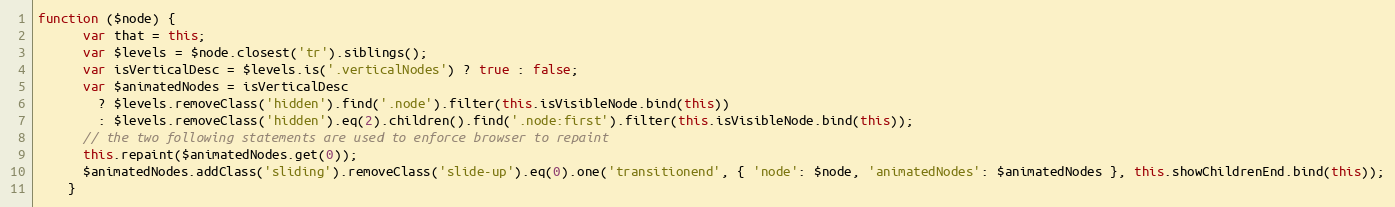
Language: JavaScript
function ($node) {
      var that = this;
      var $levels = $node.closest('tr').siblings();
      var isVerticalDesc = $levels.is('.verticalNodes') ? true : false;
      var $animatedNodes = isVerticalDesc
        ? $levels.removeClass('hidden').find('.node').filter(this.isVisibleNode.bind(this))
        : $levels.removeClass('hidden').eq(2).children().find('.node:first').filter(this.isVisibleNode.bind(this));
      // the two following statements are used to enforce browser to repaint
      this.repaint($animatedNodes.get(0));
      $animatedNodes.addClass('sliding').removeClass('slide-up').eq(0).one('transitionend', { 'node': $node, 'animatedNodes': $animatedNodes }, this.showChildrenEnd.bind(this));
    }